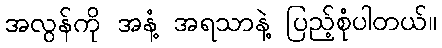
အလွန်ကို အနံ့ အရသာနဲ့ ပြည့်စုံပါတယ်။